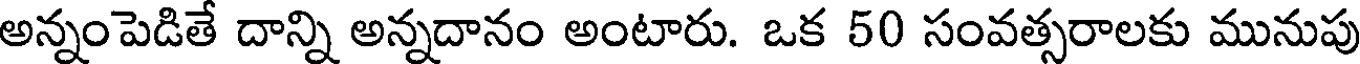
అన్నంపెడితే దాన్ని అన్నదానం అంటారు. ఒక 50 సంవత్సరాలకు మునుపు